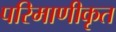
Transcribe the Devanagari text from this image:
परिमाणीकृत